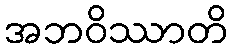
အဘဝိဿာတိ